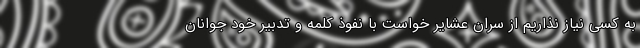
به کسی نیاز نذاریم از سران عشایر خواست با نفوذ کلمه و تدبیر خود جوانان